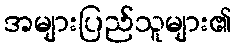
အများပြည်သူများ၏